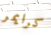
كرايمر